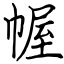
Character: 幄